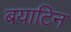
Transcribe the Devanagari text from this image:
बयाटिन